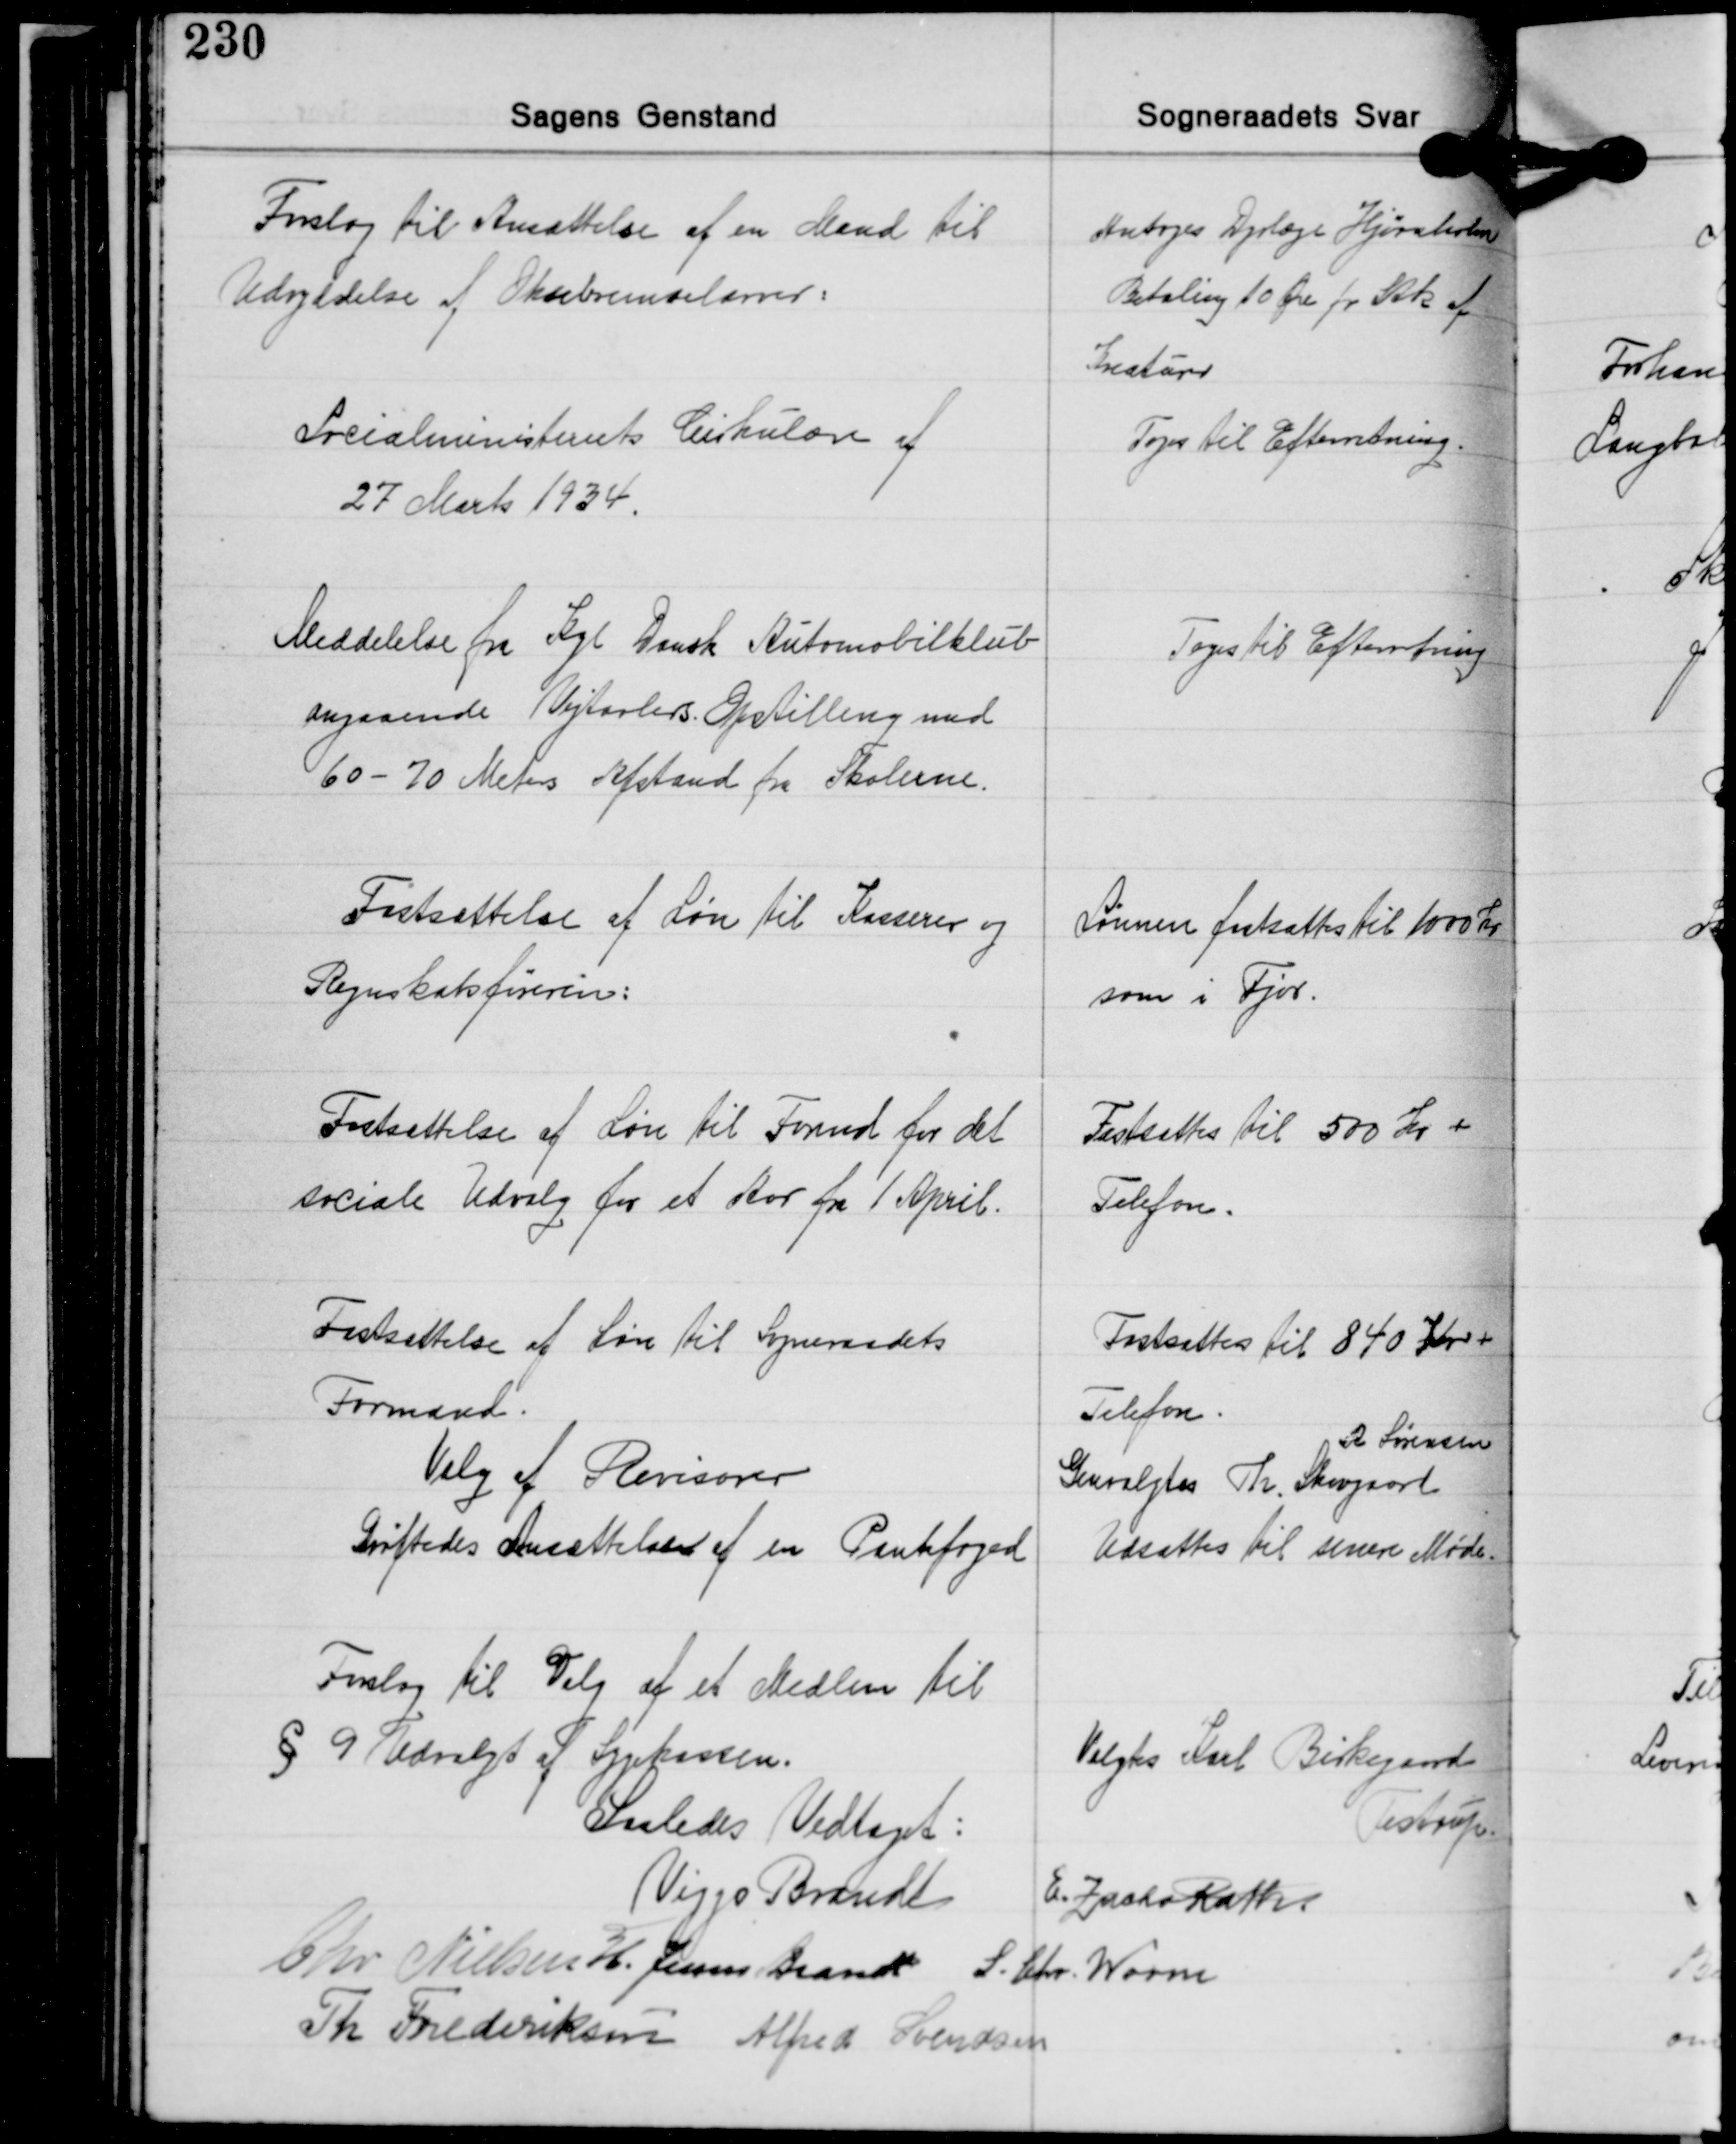
Transskription:
Forslag til Ansættelse af en Mand til
Udryddelse af Oksebremselarver.

Antoges Dyrlæge Hjørnholm
Betaling 10 Øre pr Stk af
Kreaturer

Socialministeriets Cirkulære af
27 Marts 1934.

Toges til Efterretning.

Meddelelse fra Kgl. Dansk Automobilklub
angaaende Vejtavlers Opstilling med
60 - 70 Meters Afstand fra Skolerne.

Toges til Efterretning

Fastsættelse af Løn til Kasserer og
Regnskabsføreren:

Lønnen fastsattes til 1000 Kr.
som i Fjor.

Fastsættelse af Løn til Formd. for det
sociale Udvalg for et Aar fra 1 April.

Fastsattes til 500 Kr +
Telefon.

Fastsættelse af Løn til Sogneraadets
Formand.
Valg af Revisorer
Drøftedes Ansættelsen af en Pantefoged

Fastsattes til 840 Kr.+
Telefon.
R Sørensen
Genvalgtes Th. Skovgaard
Udsattes til senere Møde.

Forslag til Valg af et Medlem til
§ 9 Udvalgt af Spekassen.

Valgtes Karl Birkegaard
Testrup

Saaledes Vedtaget:

Viggo Brandt E. Zacho Rath
Chr. Nielsen H. Jessen Brandt S. Chr. Worm
Th. Frederiksen Alfred Svendsen